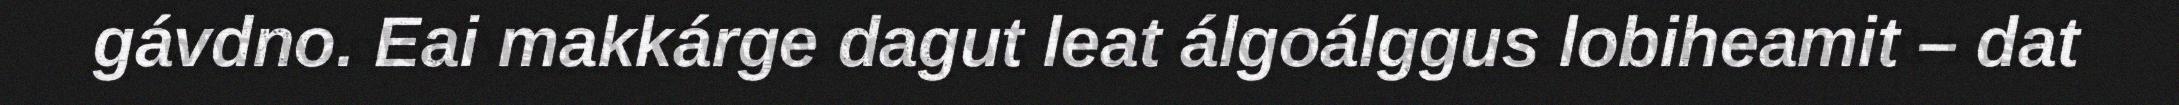
gávdno. Eai makkárge dagut leat álgoálggus lobiheamit – dat